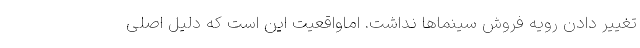
تغییر دادن رویه فروش سینماها نداشت. اماواقعیت این است که دلیل اصلی